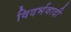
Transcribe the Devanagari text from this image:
विदर्भवादी